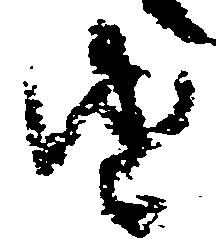
由